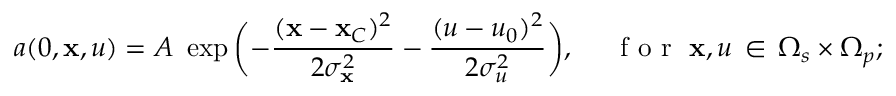
a ( 0 , \mathbf { x } , u ) = A \ \exp \bigg ( { - \frac { ( \mathbf { x } - \mathbf { x } _ { C } ) ^ { 2 } } { 2 \sigma _ { \mathbf { x } } ^ { 2 } } - \frac { ( u - u _ { 0 } ) ^ { 2 } } { 2 \sigma _ { u } ^ { 2 } } } \bigg ) , \, \, \quad \textup { f o r } \, \, \mathbf { x } , u \, \in \, \Omega _ { s } \times \Omega _ { p } ;